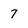
Character: 7